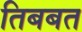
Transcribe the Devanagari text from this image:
तिबबत